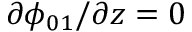
\partial \phi _ { 0 1 } / \partial z = 0